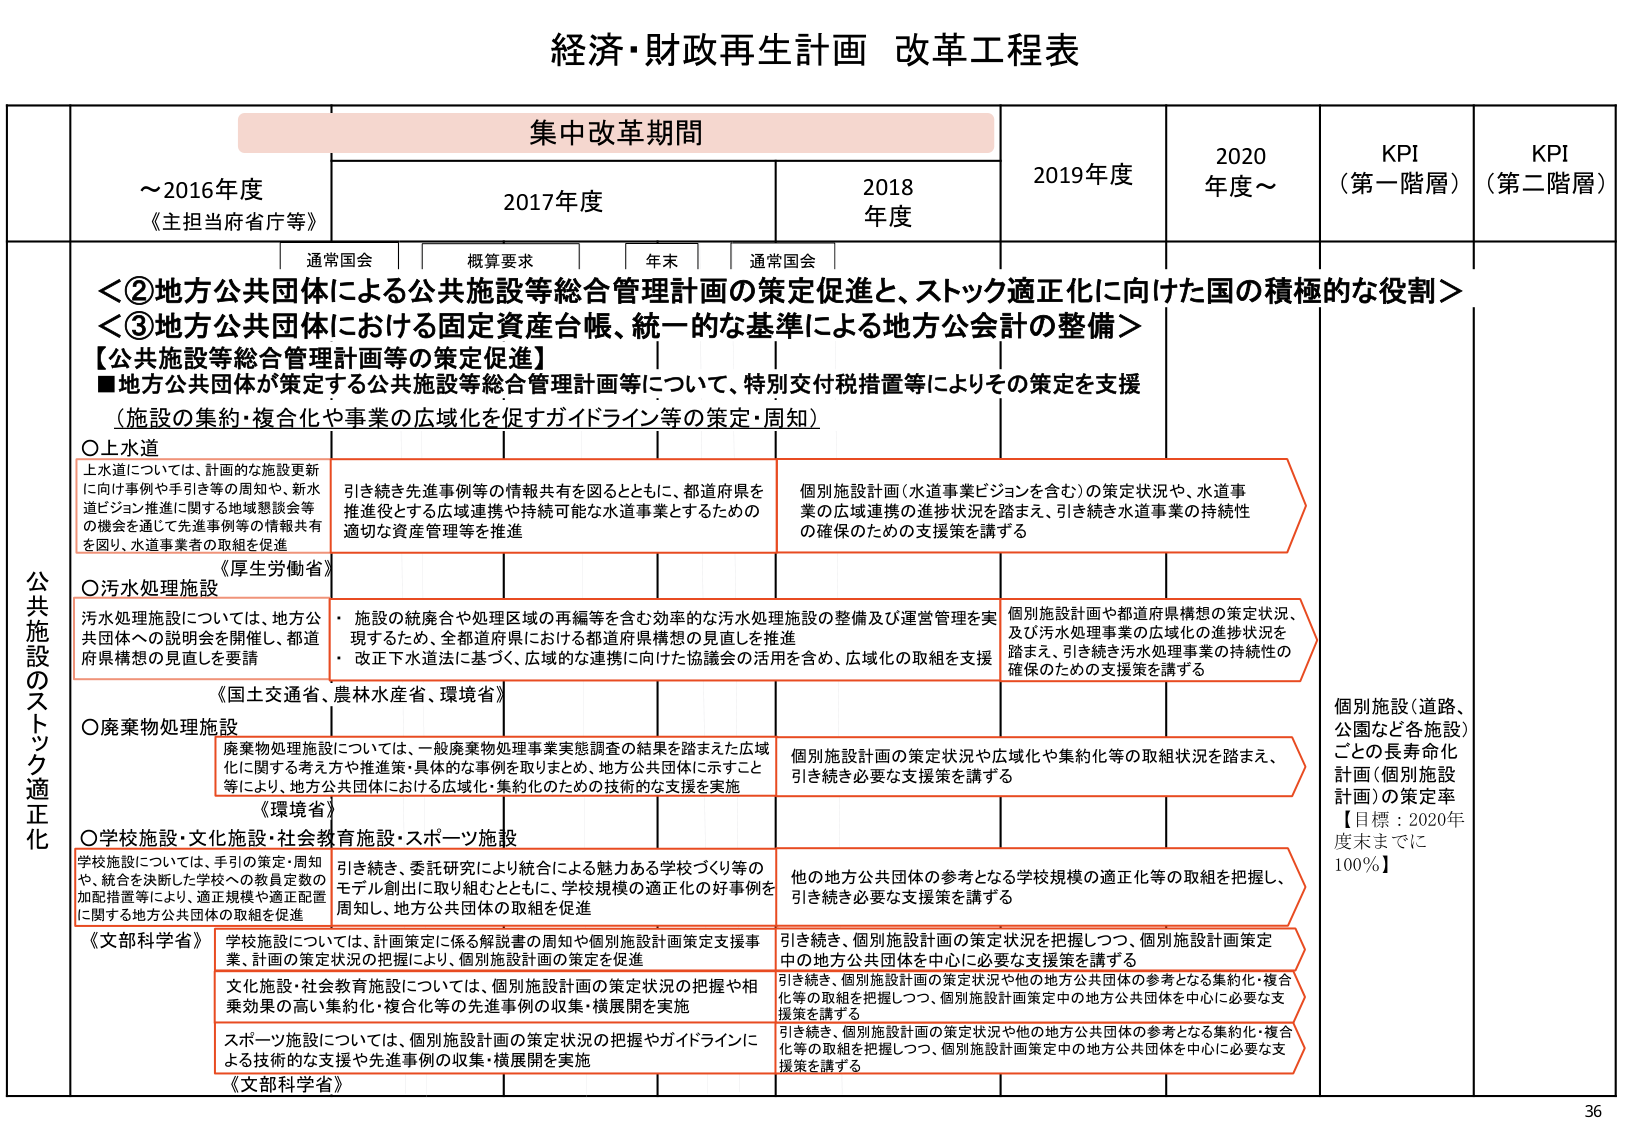
経済・財政再生計画 改革工程表

集中改革期間

～2016年度
《主担当府省庁等》

2017年度
通常国会　概算要求　年末　通常国会

2018年度

2019年度

2020年度～

KPI（第一階層）

KPI（第二階層）

＜②地方公共団体による公共施設等総合管理計画の策定促進と、ストック適正化に向けた国の積極的な役割＞
＜③地方公共団体における固定資産台帳、統一的な基準による地方公会計の整備＞

【公共施設等総合管理計画等の策定促進】
■地方公共団体が策定する公共施設等総合管理計画等について、特別交付税措置等によりその策定を支援
（施設の集約・複合化や事業の広域化を促すガイドライン等の策定・周知）

公共施設のストック適正化

○上水道
上水道については、計画的な施設更新に向け事例や手引き等の周知や、新水道ビジョン推進に関する地域懸談会等の機会を通じて先進事例等の情報共有を図り、水道事業者の取組を促進

引き続き先進事例等の情報共有を図るとともに、都道府県を推進役とする広域連携や持続可能な水道事業とするための適切な資産管理等を推進

個別施設計画（水道事業ビジョンを含む）の策定状況や、水道事業の広域連携の進捗状況を踏まえ、引き続き水道事業の持続性の確保のための支援策を講ずる

《厚生労働省》

○汚水処理施設
汚水処理施設については、地方公共団体への説明会を開催し、都道府県構想の見直しを要請

・施設の統廃合や処理区域の再編等を含む効率的な汚水処理施設の整備及び運営管理を実現するため、全都道府県における都道府県構想の見直しを推進
・改正下水道法に基づく、広域的な連携に向けた協議会の活用を含め、広域化の取組を支援

個別施設計画や都道府県構想の策定状況、及び汚水処理事業の広域化の進捗状況を踏まえ、引き続き汚水処理事業の持続性の確保のための支援策を講ずる

《国土交通省、農林水産省、環境省》

○廃棄物処理施設
廃棄物処理施設については、一般廃棄物処理事業実態調査の結果を踏まえた広域化に関する考え方や推進策・具体的な事例を取りまとめ、地方公共団体に示すこと等により、地方公共団体における広域化・集約化のための技術的な支援を実施

個別施設計画の策定状況や広域化や集約化等の取組状況を踏まえ、引き続き必要な支援策を講ずる

《環境省》

○学校施設・文化施設・社会教育施設・スポーツ施設
学校施設については、手引の策定・周知や、統合を決断した学校への教員定数の加配措置等により、適正規模や適正配置に関する地方公共団体の取組を促進

引き続き、委託研究により統合による魅力ある学校づくり等のモデル創出に取り組むとともに、学校規模の適正化の好事例を周知し、地方公共団体の取組を促進

他の地方公共団体の参考となる学校規模の適正化等の取組を把握し、引き続き必要な支援策を講ずる

《文部科学省》
学校施設については、計画策定に係る解説書の周知や個別施設計画策定支援事業、計画の策定状況の把握により、個別施設計画の策定を促進

文化施設・社会教育施設については、個別施設計画の策定状況の把握や相乗効果の高い集約化・複合化等の先進事例の収集・横展開を実施

スポーツ施設については、個別施設計画の策定状況の把握やガイドラインによる技術的な支援や先進事例の収集・横展開を実施

引き続き、個別施設計画の策定状況を把握しつつ、個別施設計画策定中の地方公共団体を中心に必要な支援策を講ずる

引き続き、個別施設計画の策定状況や他の地方公共団体の参考となる集約化・複合化等の取組を把握しつつ、個別施設計画策定中の地方公共団体を中心に必要な支援策を講ずる

引き続き、個別施設計画の策定状況や他の地方公共団体の参考となる集約化・複合化等の取組を把握しつつ、個別施設計画策定中の地方公共団体を中心に必要な支援策を講ずる

《文部科学省》

個別施設（道路、公園など各施設）ごとの長寿命化計画（個別施設計画）の策定率
【目標：2020年度末までに100％】

36